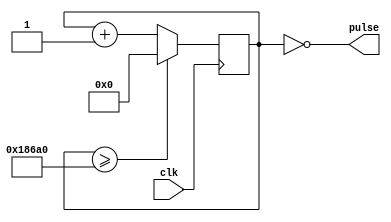
`timescale 1ns / 1ps

module pulse_generator_keypad(
    input clk,
    output pulse
    ); 
    reg [23:0] counter;
    
    parameter max_count = 100000;
    
    always @ (posedge clk)
        if (counter >= max_count)
            counter <= 0;
        else
            counter <= counter + 1;
            
    assign pulse = counter == 0;
endmodule